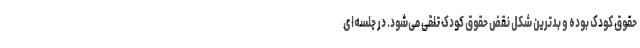
حقوق کودک بوده و بدترین شکل نقض حقوق کودک تلقی می‌شود. در جلسه‌ای